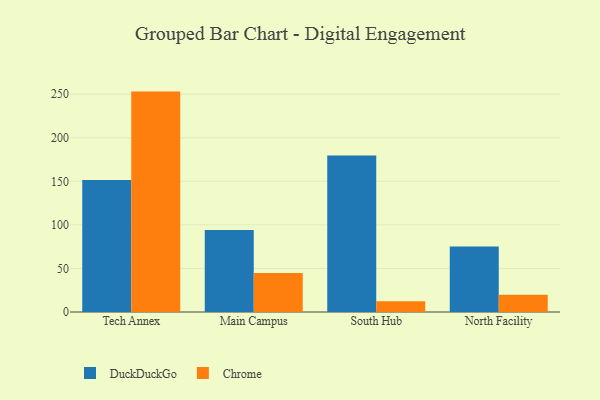
{"axis": {"x": "Campus", "y": "Population (Million)"}, "legend": ["Chrome", "DuckDuckGo"], "data": [{"x": "Tech Annex", "y": 151.5, "type": "DuckDuckGo"}, {"x": "Tech Annex", "y": 253.0, "type": "Chrome"}, {"x": "Main Campus", "y": 94.2, "type": "DuckDuckGo"}, {"x": "Main Campus", "y": 44.9, "type": "Chrome"}, {"x": "South Hub", "y": 179.6, "type": "DuckDuckGo"}, {"x": "South Hub", "y": 12.2, "type": "Chrome"}, {"x": "North Facility", "y": 75.3, "type": "DuckDuckGo"}, {"x": "North Facility", "y": 19.7, "type": "Chrome"}]}